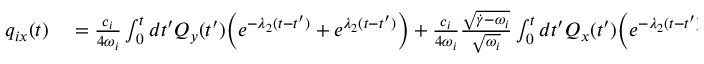
\begin{array} { r l } { q _ { i x } ( t ) } & { { } = \frac { c _ { i } } { 4 \omega _ { i } } \int _ { 0 } ^ { t } d t ^ { \prime } Q _ { y } ( t ^ { \prime } ) \Bigl ( e ^ { - \lambda _ { 2 } ( t - t ^ { \prime } ) } + e ^ { \lambda _ { 2 } ( t - t ^ { \prime } ) } \Bigr ) + \frac { c _ { i } } { 4 \omega _ { i } } \frac { \sqrt { \dot { \gamma } - \omega _ { i } } } { \sqrt { \omega _ { i } } } \int _ { 0 } ^ { t } d t ^ { \prime } Q _ { x } ( t ^ { \prime } ) \Bigl ( e ^ { - \lambda _ { 2 } ( t - t ^ { \prime } ) } - e ^ { \lambda _ { 2 } ( t - t ^ { \prime } ) } \Bigr ) } \end{array}